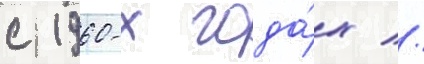
с 1960-х года́х //